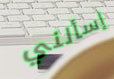
إسألني